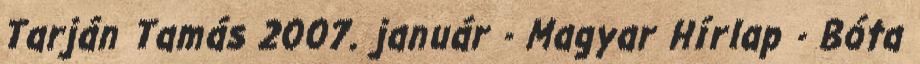
Tarján Tamás 2007. január - Magyar Hírlap - Bóta